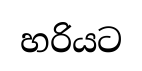
හරියට